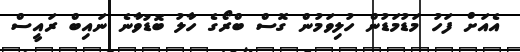
އެއަށް ފަހު މަޑުމަޑުން ހުލިވަމުން ގޮސް ބްރޯގެ ހާލު ބޮޑުވާނެ ނައިބް ރައީސް